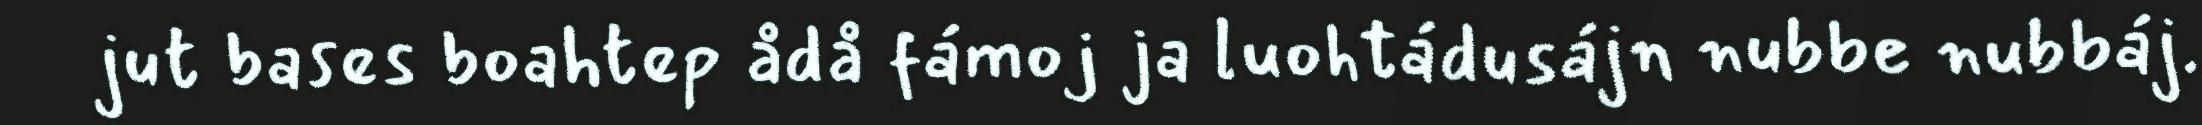
jut bases boahtep ådå fámoj ja luohtádusájn nubbe nubbáj.